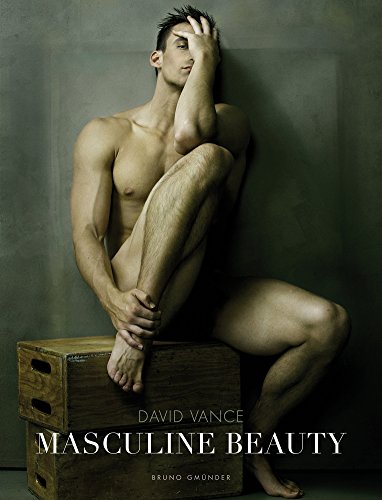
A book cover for Masculine Beauty; Arts & Photography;